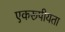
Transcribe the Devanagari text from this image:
एकरूपीयता